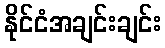
နိုင်ငံအချင်းချင်း